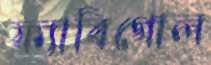
ফ্যাবিগোল